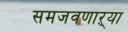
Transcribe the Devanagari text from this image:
समजवणाऱ्या